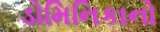
ડોમિનિકાનો